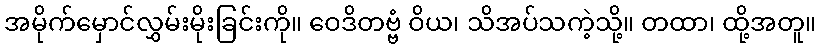
အမိုက်မှောင်လွှမ်းမိုးခြင်းကို။ ဝေဒိတဗ္ဗံ ဝိယ၊ သိအပ်သကဲ့သို့။ တထာ၊ ထို့အတူ။